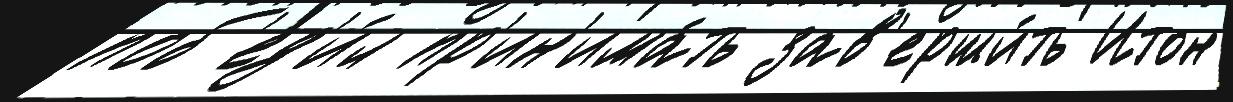
поб'ед'и́л пр'ин'има́ть зав'ерши́ть Итон